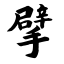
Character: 擘